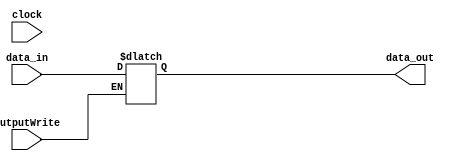
`timescale 1ns / 1ps
//////////////////////////////////////////////////////////////////////////////////
// Company: 
// Engineer: 
// 
// Design Name: 
// Module Name:    OutputRegister 
// Project Name: 
// Target Devices: 
// Tool versions: 
// Description: 
//
// Dependencies: 
//
// Revision: 
// Revision 0.01 - File Created
// Additional Comments: 
//
//////////////////////////////////////////////////////////////////////////////////
module OutputRegister(
	 input [15:0] data_in,
	 input clock,
	 output reg [15:0] data_out,
	 input outputWrite
	 );
always @ (outputWrite)
begin
	if (outputWrite == 1) begin
		//$display("Output: %i", data_in);
		data_out = data_in;
	end
end

endmodule